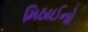
મિઠાઈનો